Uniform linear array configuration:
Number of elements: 64
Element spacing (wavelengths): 0.75
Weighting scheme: kaiser
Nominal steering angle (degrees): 60
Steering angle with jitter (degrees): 59.362
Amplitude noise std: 0.05
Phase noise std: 0.05

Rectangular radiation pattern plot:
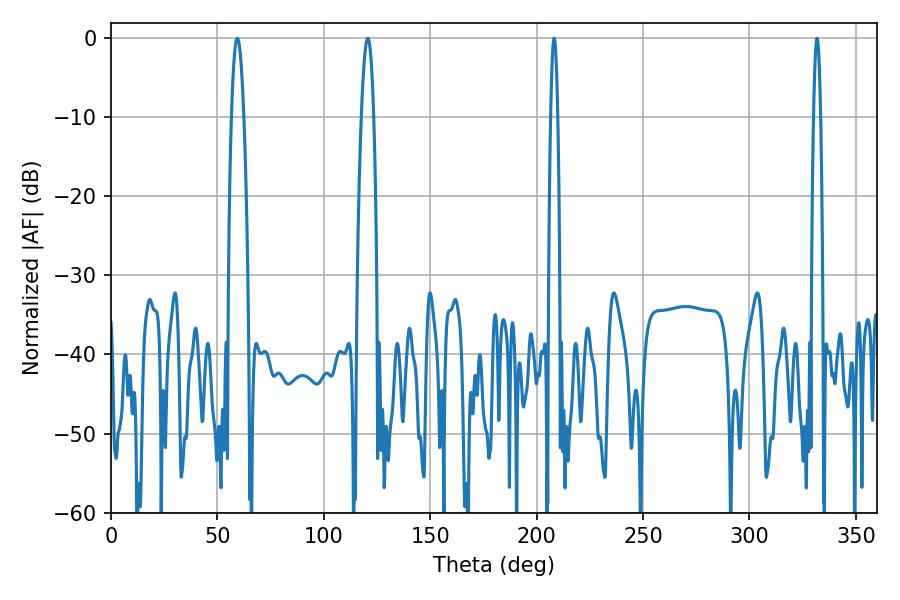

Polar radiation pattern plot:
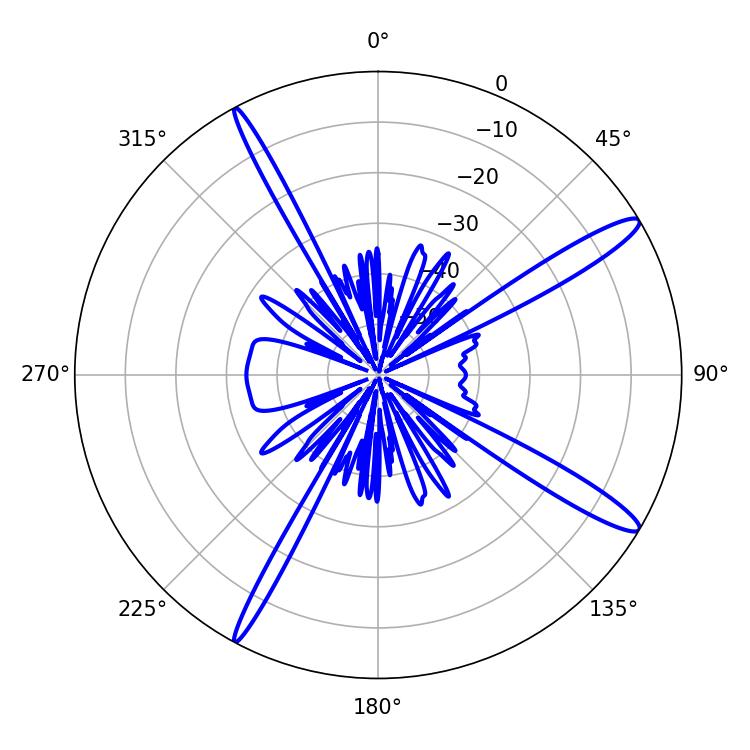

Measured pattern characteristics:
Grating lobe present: TRUE
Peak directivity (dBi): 14.48
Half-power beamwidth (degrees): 3.24
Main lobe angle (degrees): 59.4